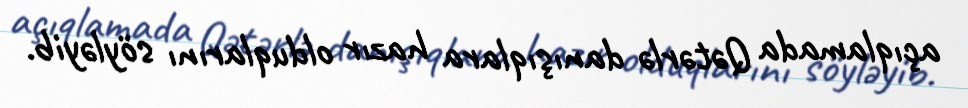
açıqlamada Qətərlə danışıqlara hazır olduqlarını söyləyib.